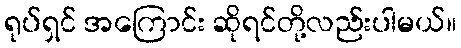
ရုပ်ရှင် အကြောင်း ဆိုရင်တို့လည်းပါမယ်။